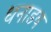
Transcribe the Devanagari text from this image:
धनाडय